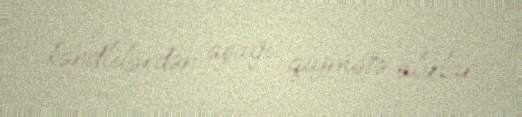
kəndlilərdən aşağı qiymətə alırlar.